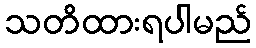
သတိထားရပါမည်